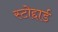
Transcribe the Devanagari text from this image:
स्टोद्दार्ड